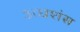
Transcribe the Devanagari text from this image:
अघशंस